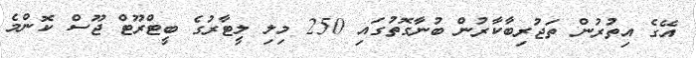
އޭގެ އިތުރުން ތަޖުރިބާކާރުން ބުނާގޮތުގައި 250 މިލި ލީޓާރުގެ ބީޓްރޫޓް ޖޫސް ކޮންމެ